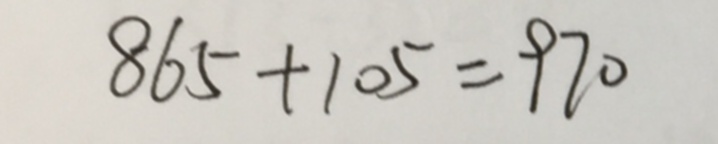
8 6 5 + 1 0 5 = 9 7 0